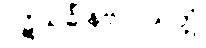
ပဋိသင်္ခါနဗလသုတ္တံ